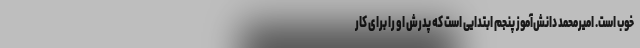
خوب است. امیرمحمد دانش‌آموز پنجم ابتدایی است که پدرش او را برای کار